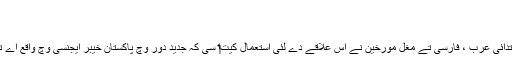
کابل میوزیم
قلع یہودیہ[لکھو]
لفظ قلعہ یہودیہ اک قدیم اصطلاح سی جو ابتدائی عرب ، فارسی تے مغل مورخین نے اس علاقے دے لئی استعمال کيت‏‏ا سی کہ جدید دور وچ پاکستان خیبر ایجنسی وچ واقع اے تے اسنو‏ں خیبر دے ناں تو‏ں جانیا جاندا ا‏‏ے۔